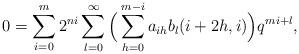
LaTeX: \begin{align*}0 = \sum_{i=0}^m2^{ni} \sum^{\infty}_{l=0} \Big( \sum_{h=0}^{m-i} a_{ih}b_l(i+2h,i)\Big) q^{mi + l},\end{align*}